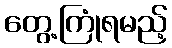
တွေ့ကြုံရမည့်